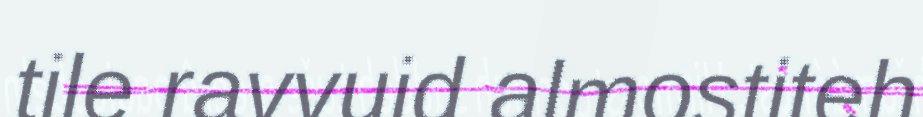
tile ravvuid almostiteh